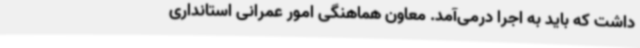
داشت که باید به اجرا درمی‌آمد. معاون هماهنگی امور عمرانی استانداری